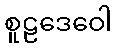
စူဠဒေဝေါ